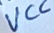
Text: VCC